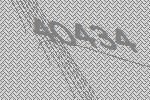
40434